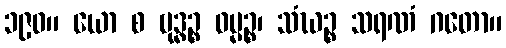
၁၉၀။ ယော စ ဗုဒ္ဓဉ္စ ဓမ္မဉ္စ၊ သံဃဉ္စ သရဏံ ဂတော။